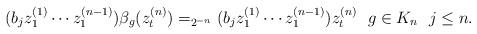
LaTeX: \begin{align*} (b_jz^{(1)}_1\cdots z^{(n-1)}_1)\beta_{g}(z^{(n)}_t) =_{2^{-n}} (b_jz^{(1)}_1\cdots z^{(n-1)}_1)z^{(n)}_t~ ~ g\in K_n~ ~ j\leq n.\end{align*}